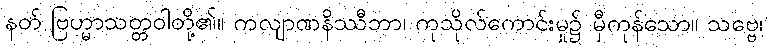
နတ် ဗြဟ္မာသတ္တဝါတို့၏။ ကလျာဏနိဿီဘာ၊ ကုသိုလ်ကောင်းမှု၌ မှီကုန်သော။ သဗ္ဗေ၊